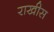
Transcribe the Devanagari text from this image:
राखीस